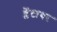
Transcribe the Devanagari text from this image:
ब्लेंटायर